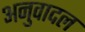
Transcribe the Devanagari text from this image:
अनुवादल